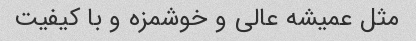
مثل عمیشه عالی و خوشمزه و با کیفیت